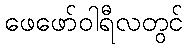
ဖေဖော်ဝါရီလတွင်